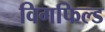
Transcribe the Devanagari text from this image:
विगफिल्ड